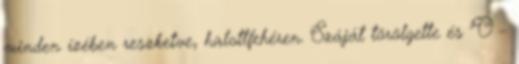
minden ízében reszketve, halottfehéren. Száját törölgette és "Ó –